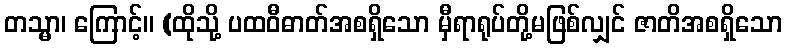
တသ္မာ၊ ကြောင့်။ (ထိုသို့ ပထဝီဓာတ်အစရှိသော မှီရာရုပ်တို့မဖြစ်လျှင် ဇာတိအစရှိသော